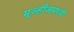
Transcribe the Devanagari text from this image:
मूव्हीजमध्ये